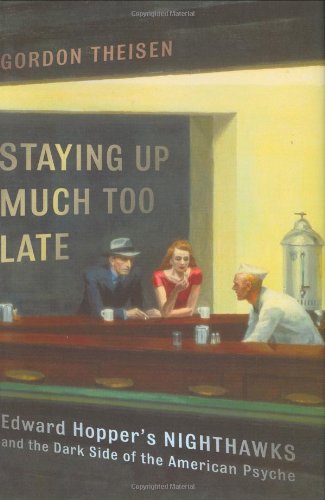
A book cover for Staying Up Much Too Late: Edward Hopper's Nighthawks and the Dark Side of the American Psyche; Gordon Theisen; Arts & Photography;